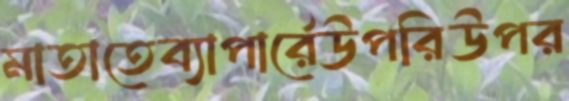
মাতাতেব্যাপার্রেউপরিউপর